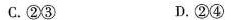
C.②③ D.②④